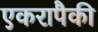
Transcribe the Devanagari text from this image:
एकरापैकी